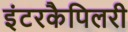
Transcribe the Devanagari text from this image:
इंटरकैपिलरी